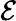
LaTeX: \mathcal{E}